Manual of the Civil Veterinary Department, Central Provinces and Berar
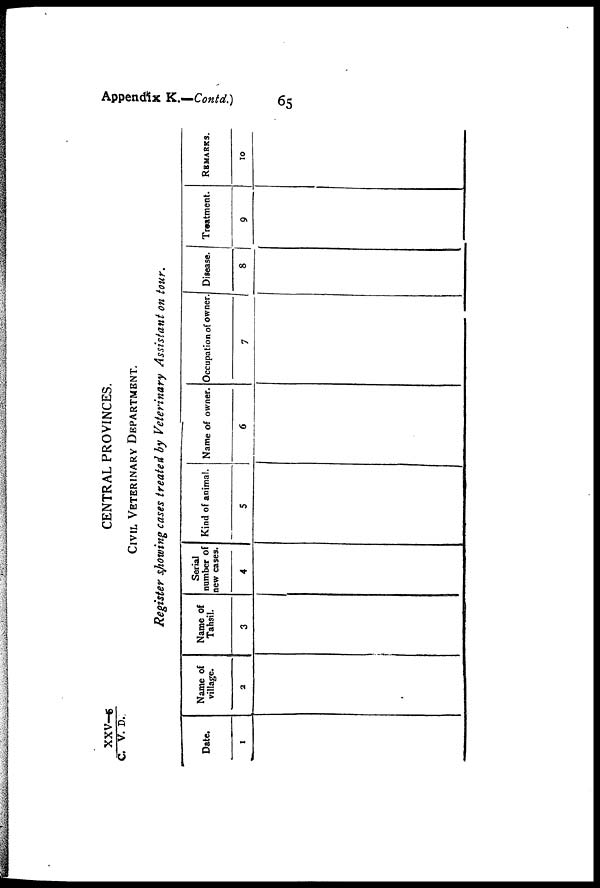
Appendix K.—Contd.)
65
XXV—5/C.V. D.
CENTRAL PROVINCES.
CIVIL VETERINARY DEPARTMENT.
Register showing cases treated by Veterinary Assistant on tour.
Date.
1
Name of
village.
2
Name of
Tahsil.
3
Serial
number of
new cases.
4
Kind of animal.
5
Name of owner.
6
Occupation of owner
7
Disease.
8
Treatment.
9
REMARKS.
10